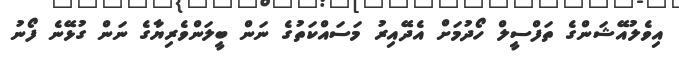
އިވެލުއޭޝަންގެ ތަފްސީލް ހޯދުމަށް އެދޭއިރު މަސައްކަތުގެ ނަން ބީލަންވެރިޔާގެ ނަން ގުޅޭނެ ފޯނު